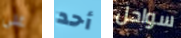
على أحد سواحل